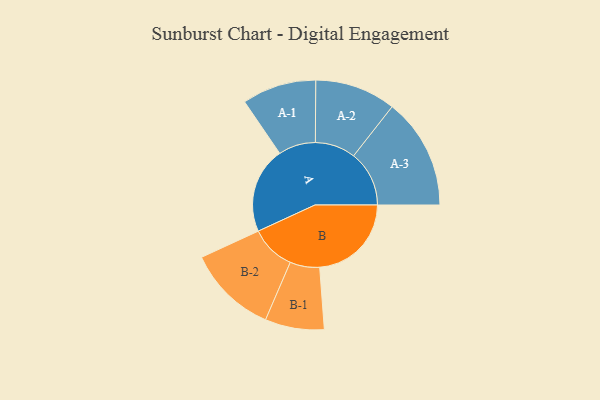
{"axis": {"x": "Segment", "y": "Value"}, "legend": ["", "A", "B"], "data": [{"x": "A", "y": 364, "type": ""}, {"x": "B", "y": 388, "type": ""}, {"x": "A-1", "y": 157, "type": "A"}, {"x": "A-2", "y": 171, "type": "A"}, {"x": "A-3", "y": 235, "type": "A"}, {"x": "B-1", "y": 125, "type": "B"}, {"x": "B-2", "y": 190, "type": "B"}]}